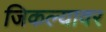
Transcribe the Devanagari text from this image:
जिकल्यावर